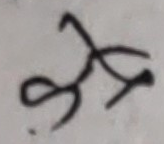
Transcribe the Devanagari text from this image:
शक्ष